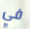
في